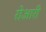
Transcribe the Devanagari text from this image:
रोआरी